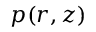
p ( r , z )